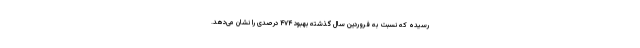
رسیده که نسبت به فروردین سال گذشته بهبود ۴۷۴ درصدی را نشان می‌دهد.